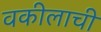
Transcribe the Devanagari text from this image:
वकीलाची